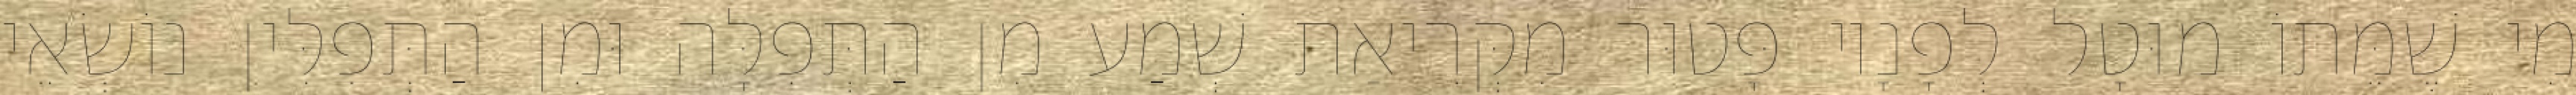
מִי שֶׁמֵּתוֹ מוּטָל לְפָנָיו פָּטוּר מִקְּרִיאַת שְׁמַע מִן הַתְּפִלָּה וּמִן הַתְּפִלִּין נוֹשְׂאֵי